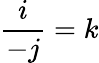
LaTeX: {\frac{i}{-j}}=k